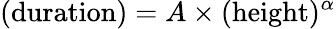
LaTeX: (\mathrm{duration})=A\times(\mathrm{height})^{\alpha}